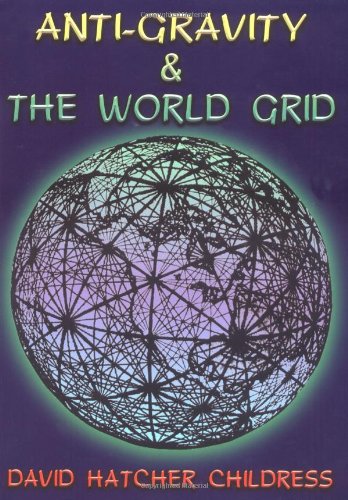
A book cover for Anti-Gravity and the World Grid (Lost Science (Adventures Unlimited Press)); David Hatcher Childress; Religion & Spirituality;